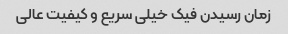
زمان رسیدن فیک خیلی سریع و کیفیت عالی